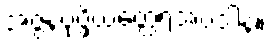
အဇ္ဇနပုပ္ဖိယတ္ထေရအပဒါန။